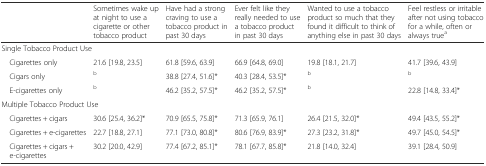
<table><thead><tr><td></td><td><b>Sometimes wake up at night to use a cigarette or other tobacco product</b></td><td><b>Have had a strong craving to use a tobacco product in past 30 days</b></td><td><b>Ever felt like they really needed to use a tobacco product in past 30 days</b></td><td><b>Wanted to use a tobacco product so much that they found it difficult to think of anything else in past 30 days</b></td><td><b>Feel restless or irritable after not using tobacco for a while, often or always true<sup>a</sup></b></td></tr></thead><tbody><tr><td colspan="6">Single Tobacco Product Use</td></tr><tr><td> Cigarettes only</td><td>21.6 [19.8, 23.5]</td><td>61.8 [59.6, 63.9]</td><td>66.9 [64.8, 69.0]</td><td>19.8 [18.1, 21.7]</td><td>41.7 [39.6, 43.9]</td></tr><tr><td> Cigars only</td><td><sup>b</sup></td><td>38.8 [27.4, 51.6]*</td><td>40.3 [28.4, 53.5]*</td><td><sup>b</sup></td><td><sup>b</sup></td></tr><tr><td> E-cigarettes only</td><td><sup>b</sup></td><td>46.2 [35.2, 57.5]*</td><td>46.2 [35.2, 57.5]*</td><td><sup>b</sup></td><td>22.8 [14.8, 33.4]*</td></tr><tr><td colspan="6">Multiple Tobacco Product Use</td></tr><tr><td> Cigarettes + cigars</td><td>30.6 [25.4, 36.2]*</td><td>70.9 [65.5, 75.8]*</td><td>71.3 [65.9, 76.1]</td><td>26.4 [21.5, 32.0]*</td><td>49.4 [43.5, 55.2]*</td></tr><tr><td> Cigarettes + e-cigarettes</td><td>22.7 [18.8, 27.1]</td><td>77.1 [73.0, 80.8]*</td><td>80.6 [76.9, 83.9]*</td><td>27.3 [23.2, 31.8]*</td><td>49.7 [45.0, 54.5]*</td></tr><tr><td> Cigarettes + cigars + e-cigarettes</td><td>30.2 [20.0, 42.9]</td><td>77.4 [67.2, 85.1]*</td><td>78.1 [67.7, 85.8]*</td><td>21.8 [14.0, 32.4]</td><td>39.1 [28.4, 50.9]</td></tr></tbody></table>